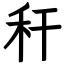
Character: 秆